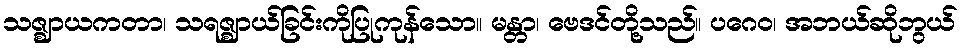
သဇ္ဈာယကတာ၊ သရဇ္ဈာယ်ခြင်းကိုပြုကုန်သော။ မန္တာ၊ ဗေဒင်တို့သည်။ ပဂေဝ၊ အဘယ်ဆိုဘွယ်